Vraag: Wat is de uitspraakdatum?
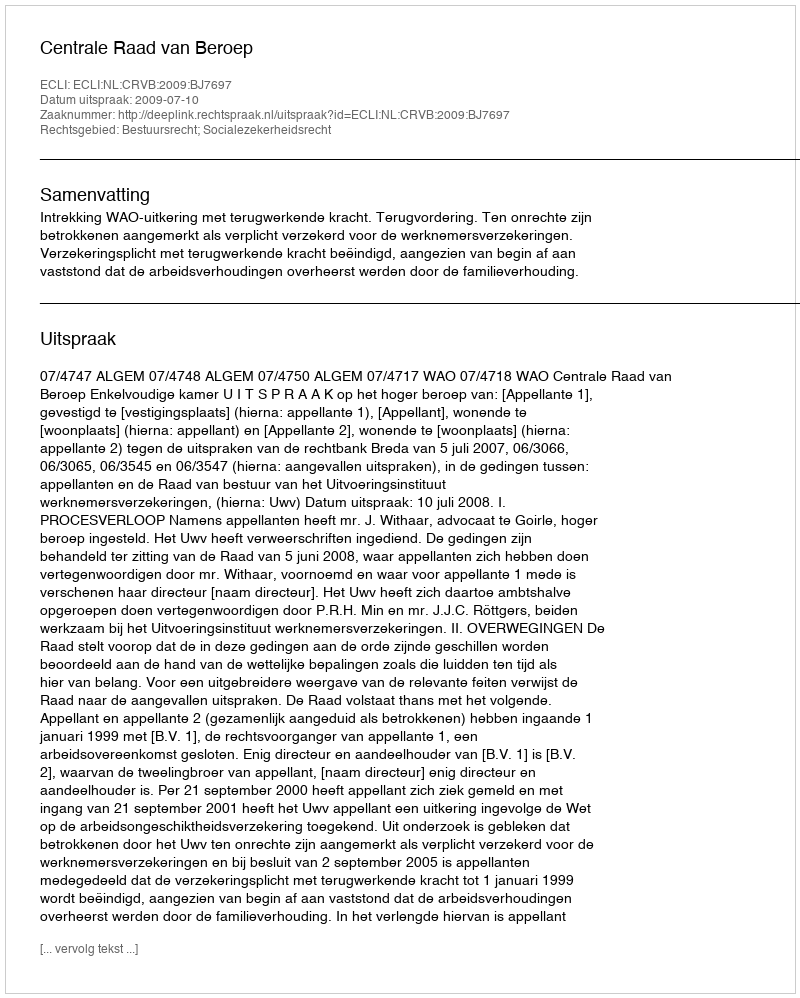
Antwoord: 2009-07-10